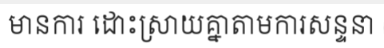
មានការ ដោះស្រាយគ្នាតាមការសន្ទនា